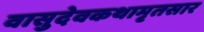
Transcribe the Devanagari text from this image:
वासुदेवकथामृतसार